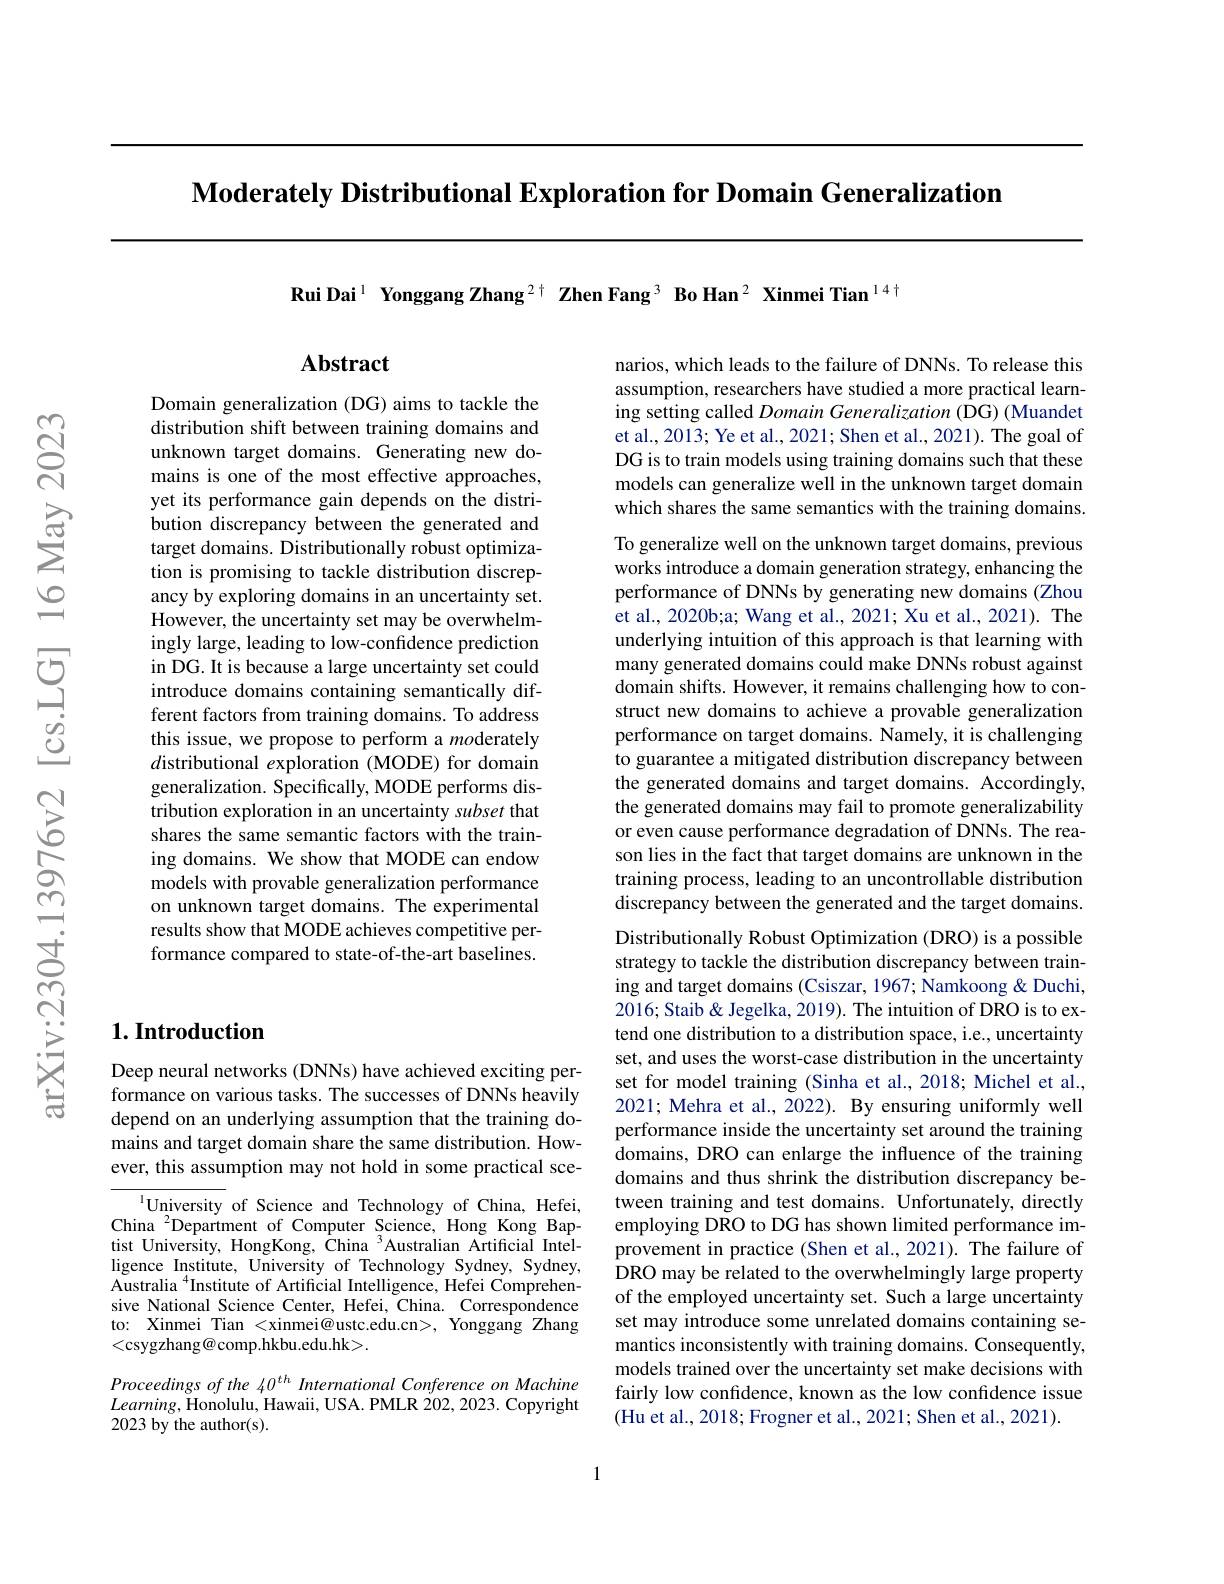
$\textbf{Moderately Distributional Exploration for Domain Generalization}$

Rui Dai$^{1}$ Yonggang Zhang$^{2+}$ Zhen Fang$^{3}$ Bo Han$^{2}$ Xinmei Tian$^{14\dagger}$

## Abstract

Domain generalization (DG) aims to tackle the distribution shift between training domains and unknown target domains. Generating new domains is one of the most effective approaches, yet its performance gain depends on the distribution discrepancy between the generated and target domains. Distributionally robust optimization is promising to tackle distribution discrepancy by exploring domains in an uncertainty set. However, the uncertainty set may be overwhelmingly large, leading to low-confidence prediction in DG. It is because a large uncertainty set could introduce domains containing semantically different factors from training domains. To address this issue, we propose to perform a $mo$derately $d$istributional $e$xploration (MODE) for domain generalization. Specifically, MODE performs distribution exploration in an uncertainty subset that shares the same semantic factors with the training domains. We show that MODE can endow models with provable generalization performance on unknown target domains. The experimental results show that MODE achieves competitive performance compared to state-of-the-art baselines.

narios, which leads to the failure of DNNs. To release this assumption, researchers have studied a more practical learning setting called Domain Generalization (DG) (Muandet et al., 2013; Ye et al., 2021; Shen et al., 2021). The goal of DG is to train models using training domains such that these models can generalize well in the unknown target domain which shares the same semantics with the training domains. To generalize well on the unknown target domains, previous works introduce a domain generation strategy, enhancing the performance of DNNs by generating new domains (Zhou et al., 2020b;a; Wang et al., 2021; Xu et al., 2021). The underlying intuition of this approach is that learning with many generated domains could make DNNs robust against domain shifts. However, it remains challenging how to construct new domains to achieve a provable generalization performance on target domains. Namely, it is challenging to guarantee a mitigated distribution discrepancy between the generated domains and target domains. Accordingly, the generated domains may fail to promote generalizability or even cause performance degradation of DNNs. The reason lies in the fact that target domains are unknown in the training process, leading to an uncontrollable distribution discrepancy between the generated and the target domains. Distributionally Robust Optimization (DRO) is a possible strategy to tackle the distribution discrepancy between training and target domains (Csiszar, 1967; Namkoong & Duchi, 2016; Staib & Jegelka, 2019). The intuition of DRO is to extend one distribution to a distribution space, i.e., uncertainty set, and uses the worst-case distribution in the uncertainty set for model training (Sinha et al., 2018; Michel et al., 2021; Mehra et al., 2022). By ensuring uniformly well performance inside the uncertainty set around the training domains, DRO can enlarge the influence of the training domains and thus shrink the distribution discrepancy between training and test domains. Unfortunately, directly employing DRO to DG has shown limited performance improvement in practice (Shen et al.,2021). The failure of DRO may be related to the overwhelmingly large property of the employed uncertainty set. Such a large uncertainty set may introduce some unrelated domains containing semantics inconsistently with training domains. Consequently, models trained over the uncertainty set make decisions with fairly low confdence, known as the low confidence issue (Hu et al., 2018; Frogner et al., 2021; Shen et al., 2021).

## $1. \textbf{Introduction}$

Deep neural networks (DNNs) have achieved exciting performance on various tasks. The successes of DNNs heavily depend on an underlying assumption that the training domains and target domain share the same distribution. However, this assumption may not hold in some practical sce-

${^{1}\text{University of Science and Technology of China, Hefei,}}$ China $^{2}$Department of Computer Science, Hong Kong Baptist University, HongKong, China $^{3}$Australian Artificial Intelligence Institute, University of Technology Sydney, Sydney, Australia $^{4}$Institute of Artificial Intelligence, Hefei Comprehensive National Science Center, Hefei, China. Correspondence to: Xinmei Tian <xinmei@ustc.edu.cn>, Yonggang Zhang <csygzhang@comp.hkbu.edu.hk>.

Proceedings of the 40$^{th}$ International Conference on Machine $Learning$,Honolulu,$^\prime$Hawaii, USA. PMLR 202, 2023. Copyright 2023 by the author(s).

1